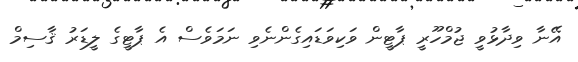
އޭނާ ވިދާޅުވީ ޖުމްހޫރީ ޕާޓީން ވަކިވަޑައިގެންނެވި ނަމަވެސް އެ ޕާޓީގެ ލީޑަރު ޤާސިމް